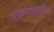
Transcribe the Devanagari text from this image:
आक्रमणकारियो